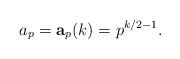
\begin{align*}a_p=\mathbf{a}_p(k)=p^{k/2-1}.\end{align*}